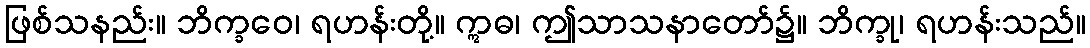
ဖြစ်သနည်း။ ဘိက္ခဝေ၊ ရဟန်းတို့။ ဣဓ၊ ဤသာသနာတော်၌။ ဘိက္ခု၊ ရဟန်းသည်။